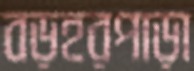
বড়হরপাড়া